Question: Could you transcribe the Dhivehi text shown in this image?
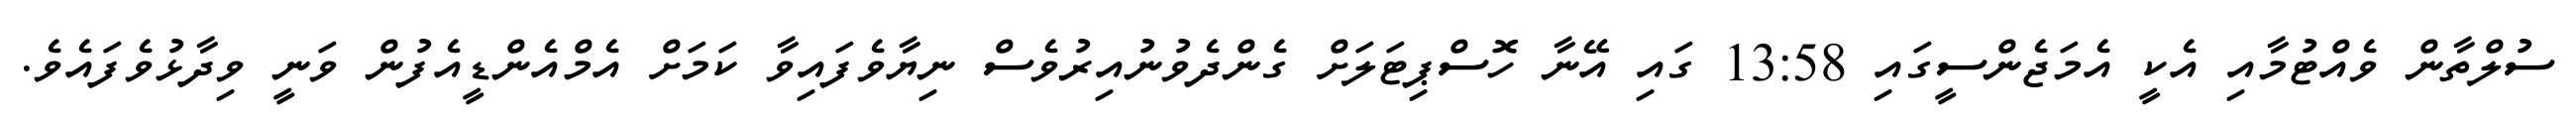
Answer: ސުލްތާން ވެއްޓުމާއި އެކީ އެމަޖެންސީގައި 13:58 ގައި އޭނާ ހޮސްޕިޓަލަށް ގެންދެވުނުއިރުވެސް ނިޔާވެފައިވާ ކަމަށް އެމްއެންޑީއެފުން ވަނީ ވިދާޅުވެފައެވެ.